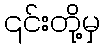
၎င်းတို့မှ